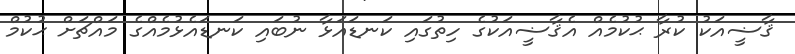
ޤާޟީއަކު ކުރާ ޙުކުމެއް އެޤާޟީއަކުގެ ހިތުގައި ކަނޑައަޅާ ނުބައި ކަނޑައެޅުމެއްގެ މައްޗަށް ޙުކުމް